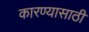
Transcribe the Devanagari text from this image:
कारण्यासाठी